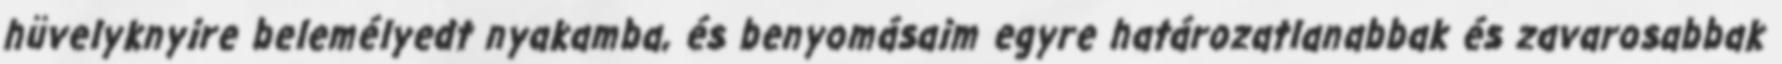
hüvelyknyire belemélyedt nyakamba, és benyomásaim egyre határozatlanabbak és zavarosabbak